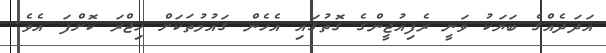
އަދަދެއްގެ ބަޔަކު ވަނީ ރެފިއުޖީންގެ ގޮތުގައި އެހެން ގައުމުތަކަށް ހިޖްރަ ކޮށްފަ އެވެ.